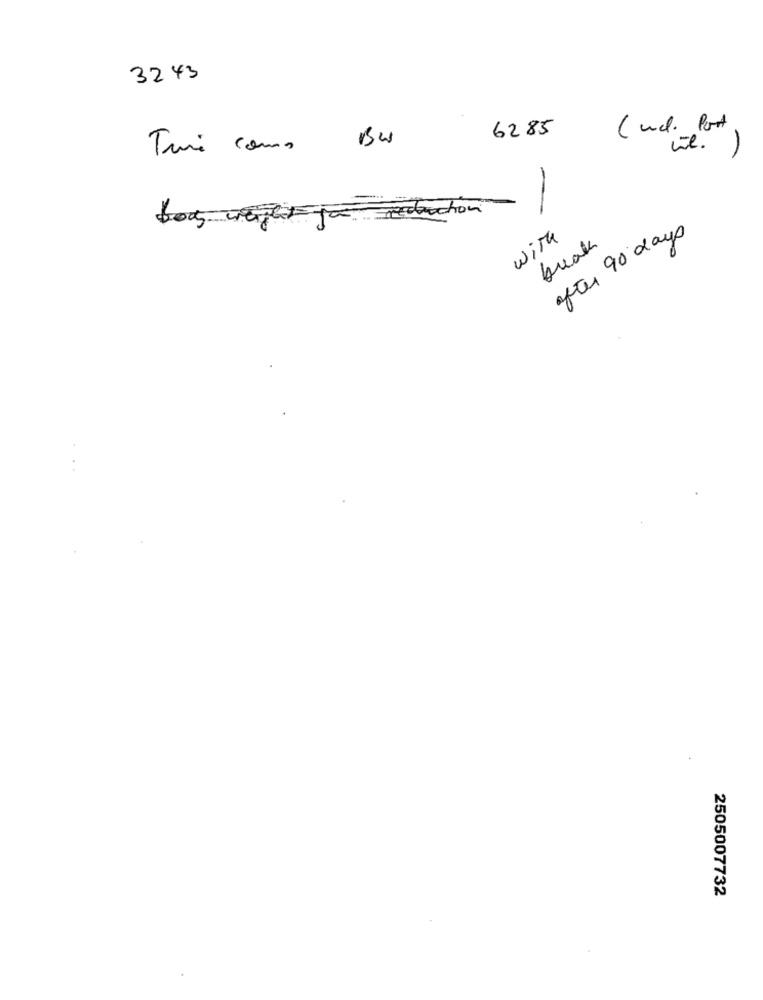
3243
6285
( und. Port
Turi como Bus
wie. )
-
redaction
-
after 90 days
with
brak
2505007732